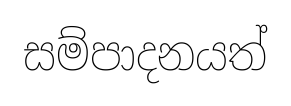
සම්පාදනයත්